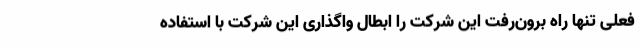
فعلی تنها راه برون‌رفت این شرکت را ابطال واگذاری این شرکت با استفاده